Investigations on Bengal jail dietaries - Number 37
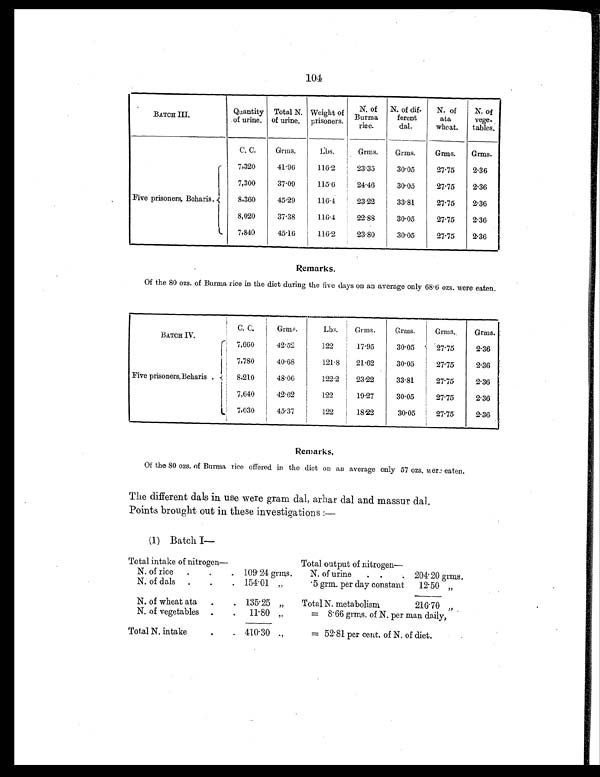
104
BATCH III.
Quantity
of urine.
Total N.
of urine.
Weight of
prisoners.
N. of
Burma
rice.
N. of dif-
ferent
dal.
N. of
ata
wheat.
N. of
vege-
tables.
C. C.
Grms.
L b s .
Grms.
Grms.
Grms.
Grms.
Five prisoners, Beharis
. 7,320
41.96
116.2
23.35
30.05
27.75
2.36
7,300
37.09
115.6
24.46
30.05
27.75
2.36
8,360
45.29
116.4
23.22
33.81
27.75
2.36
8,020
37.38
116.4
22.88
30.05
27.75
2.36
7,840
45.16
116.2
23.80
30.05
27.75
2.36
Remarks.
Of the 80 ozs. of Burma rice in the diet during the five days on an average only 68.6 ozs. were eaten.
C. C.
Grms.
Lbs.
Grms.
Grms.
Grms.
Grms.
BATCH IV.
Five prisoners, Beharis
. 7,660
42.52
122
17.95
30.05
27.75
2.36
7,780
40.68
121.8
21.62
30.05
27.75
2.36
8,210
48.06
122.2
23.22
33.81
27.75
2.36
7,640
42.62
122
19.27
30.05
27.75
2.36
7,030
45.37
122
18.22
30.05
27.75
2.36
Remarks.
Of the 80 ozs. of Burma rice offered in the diet on an average only 57 ozs. were eaten.
The different dals in use were gram dal, arhar dal and massur dal.
Points brought out in these investigations :—
(1) Batch I
—
Total intake of nitrogen—
Total output of nitrogen
—
N. of rice
.
. . 109.24 grms.
N. of urine
. .
. 204.20 grms.
N. of dals
. .
. 154.01
„
.5 grm. per day constant
12.50 „
N. of wheat ata
.
. 135.25 „
Total N. metabolism
216.70 „
N. of vegetables .
.
11.80 „
= 8.66 grms. of N. per man daily,
Total N. intake
. . 410.30
„
= 52.81 per cent. of N. of diet.